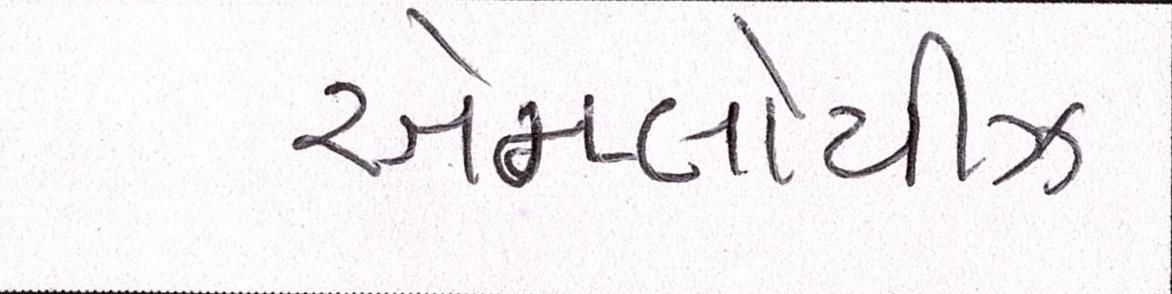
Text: એમ્પ્લોયીઝ